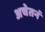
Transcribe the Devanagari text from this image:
अचेतनं